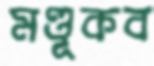
মণ্ডূকব